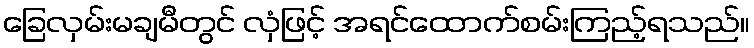
ခြေလှမ်းမချမီတွင် လှံဖြင့် အရင်ထောက်စမ်းကြည့်ရသည်။